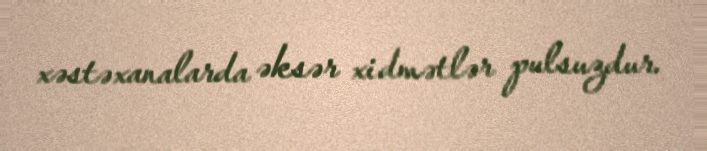
xəstəxanalarda əksər xidmətlər pulsuzdur.